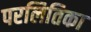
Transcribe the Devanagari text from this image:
परलितिका